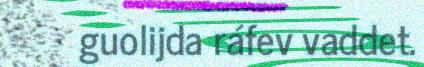
guolijda ráfev vaddet.